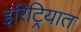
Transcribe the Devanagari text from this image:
इरिट्रियात